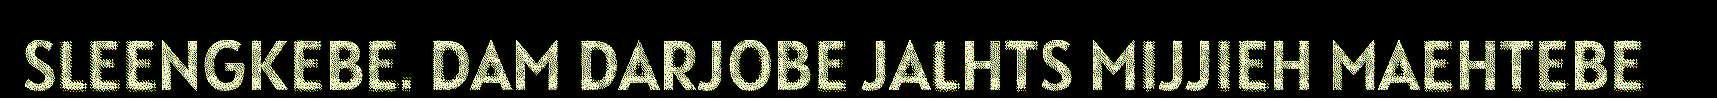
SLEENGKEBE. DAM DARJOBE JALHTS MIJJIEH MAEHTEBE